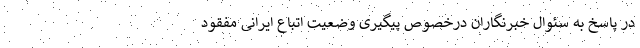
در پاسخ به سئوال خبرنگاران درخصوص پیگیری وضعیت اتباع ایرانی مفقود